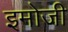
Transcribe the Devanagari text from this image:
इमोजी